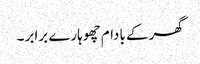
گھر کے بادام چھوہارے برابر ۔